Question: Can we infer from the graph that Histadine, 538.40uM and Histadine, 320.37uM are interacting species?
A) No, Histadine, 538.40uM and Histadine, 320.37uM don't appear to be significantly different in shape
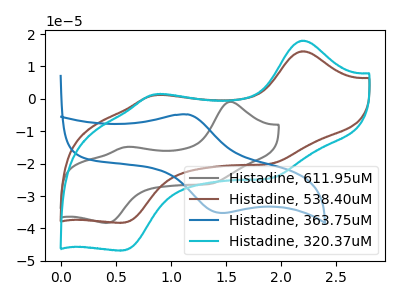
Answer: <think>The gray curve "Histadine, 611.95uM" has anodic peaks at (1.55V, -0.90uA) (0.60V, -14.85uA) and cathodic peaks at (1.35V, -26.20uA) (0.40V, -38.30uA). The brown curve "Histadine, 538.40uM" has anodic peaks at (2.20V, 14.70uA) (0.85V, 1.15uA) and cathodic peaks at (1.90V, -20.00uA) (0.55V, -38.25uA). The blue curve "Histadine, 363.75uM" has an anodic peak at (1.15V, -4.80uA) and a cathodic peak at (1.45V, -35.20uA). The cyan curve "Histadine, 320.37uM" has anodic peaks at (2.20V, 17.95uA) (0.85V, 1.40uA) and cathodic peaks at (1.90V, -24.45uA) (0.55V, -46.80uA).
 All the peaks in "Histadine, 538.40uM" have a peak in "Histadine, 320.37uM" at the same potential. Every peak in "Histadine, 538.40uM" is lower than every peak in "Histadine, 320.37uM".</think>
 <answer>A) No, "Histadine, 538.40uM" and "Histadine, 320.37uM" don't appear to be significantly different in shape</answer>
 <eval>A</eval>